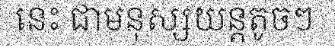
នេះ ជាមនុស្សយន្តតូចៗ